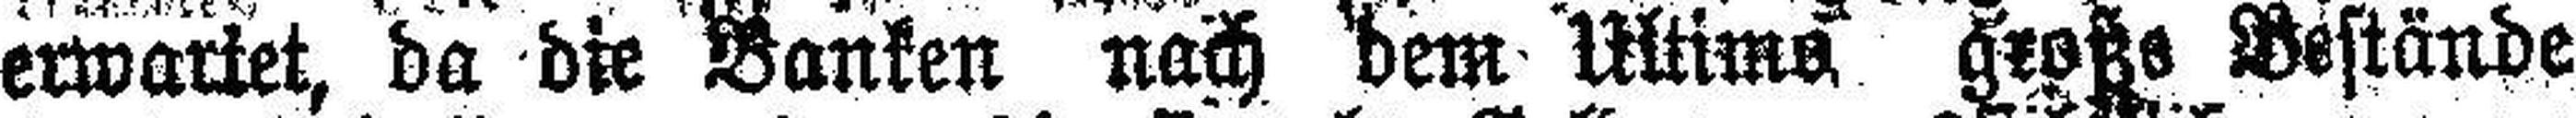
erwartet, da die Banken nach dem Ultimo große Bestände